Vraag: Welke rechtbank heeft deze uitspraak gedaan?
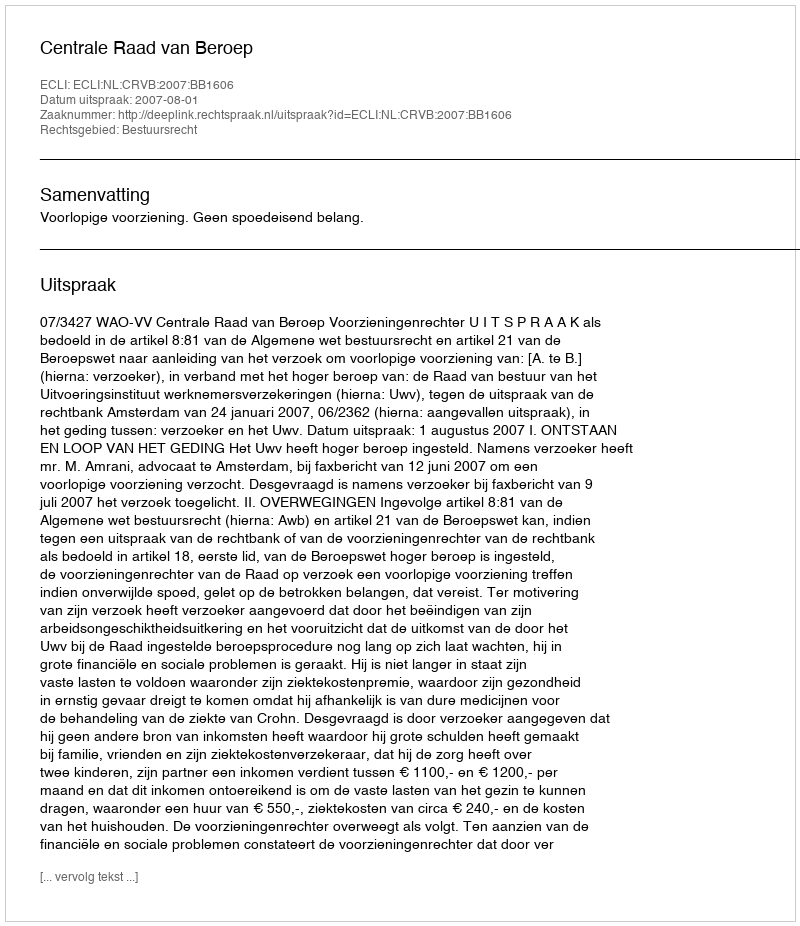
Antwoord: Centrale Raad van Beroep